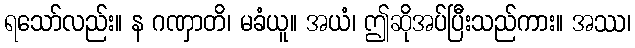
ရသော်လည်း။ န ဂဏှာတိ၊ မခံယူ။ အယံ၊ ဤဆိုအပ်ပြီးသည်ကား။ အဿ၊